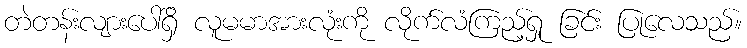
တဲတန်းလျားပေါ်ရှိ လူမမာအားလုံးကို လိုက်လံကြည့်ရှု ခြင်း ပြုလေသည်။